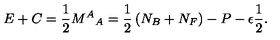
E + C = \frac { 1 } { 2 } { M ^ { A } } _ { A } = \frac { 1 } { 2 } \left( N _ { B } + N _ { F } \right) - P - \epsilon \frac { 1 } { 2 } .